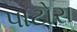
પાટોરા